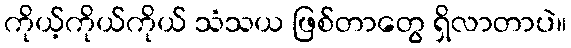
ကိုယ့်ကိုယ်ကိုယ် သံသယ ဖြစ်တာတွေ ရှိလာတာပဲ။